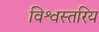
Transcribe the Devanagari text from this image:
विश्वस्तरिय